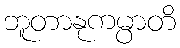
ဘူတာနုကမ္ပာတိ